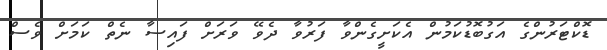
ޑޮކްޓަރުންގެ އަގުބޮޑުކަމުން އެކަށީގެންވާ ފަރުވާ ދެވޭ ވަރަށް ފައިސާ ނެތް ކަމަށް ވެސް